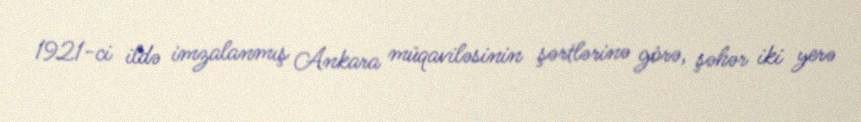
1921-ci ildə imzalanmış Ankara müqaviləsinin şərtlərinə görə, şəhər iki yerə